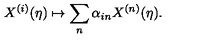
X ^ { ( i ) } ( \eta ) \mapsto \sum _ { n } \alpha _ { i n } X ^ { ( n ) } ( \eta ) .